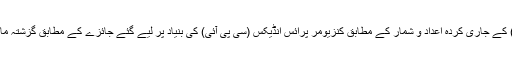
پاکستان ادارہ شماریات (پی بی ایس) کے جاری کردہ اعداد و شمار کے مطابق کنزیومر پرائس انڈیکس (سی پی آئی) کی بنیاد پر لیے گئے جائزے کے مطابق گزشتہ ماہ مہنگائی میں 1.3 فیصد اضافہ ہوا۔